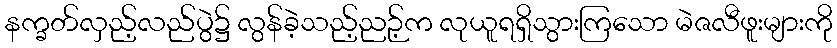
နက္ခတ်လှည့်လည်ပွဲ၌ လွန်ခဲ့သည့်ညဉ့်က လုယူရရှိသွားကြသော မဲဇလီဖူးများကို